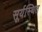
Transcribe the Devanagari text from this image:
सूर्यस्थित